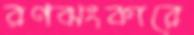
রণঝংকারে